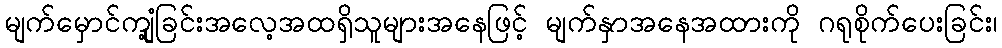
မျက်မှောင်ကျုံ့ခြင်းအလေ့အထရှိသူများအနေဖြင့် မျက်နှာအနေအထားကို ဂရုစိုက်ပေးခြင်း၊